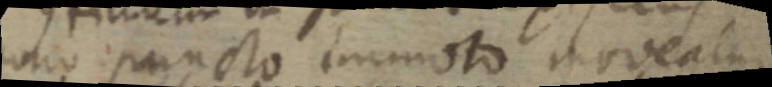
ono puncto immoto moveatur